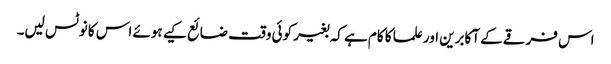
اس فرقے کے آکابرین اور علما کا کام ہے کہ بغیر کوئی وقت ضائع کیے ہوئے اس کا نوٹس لیں۔